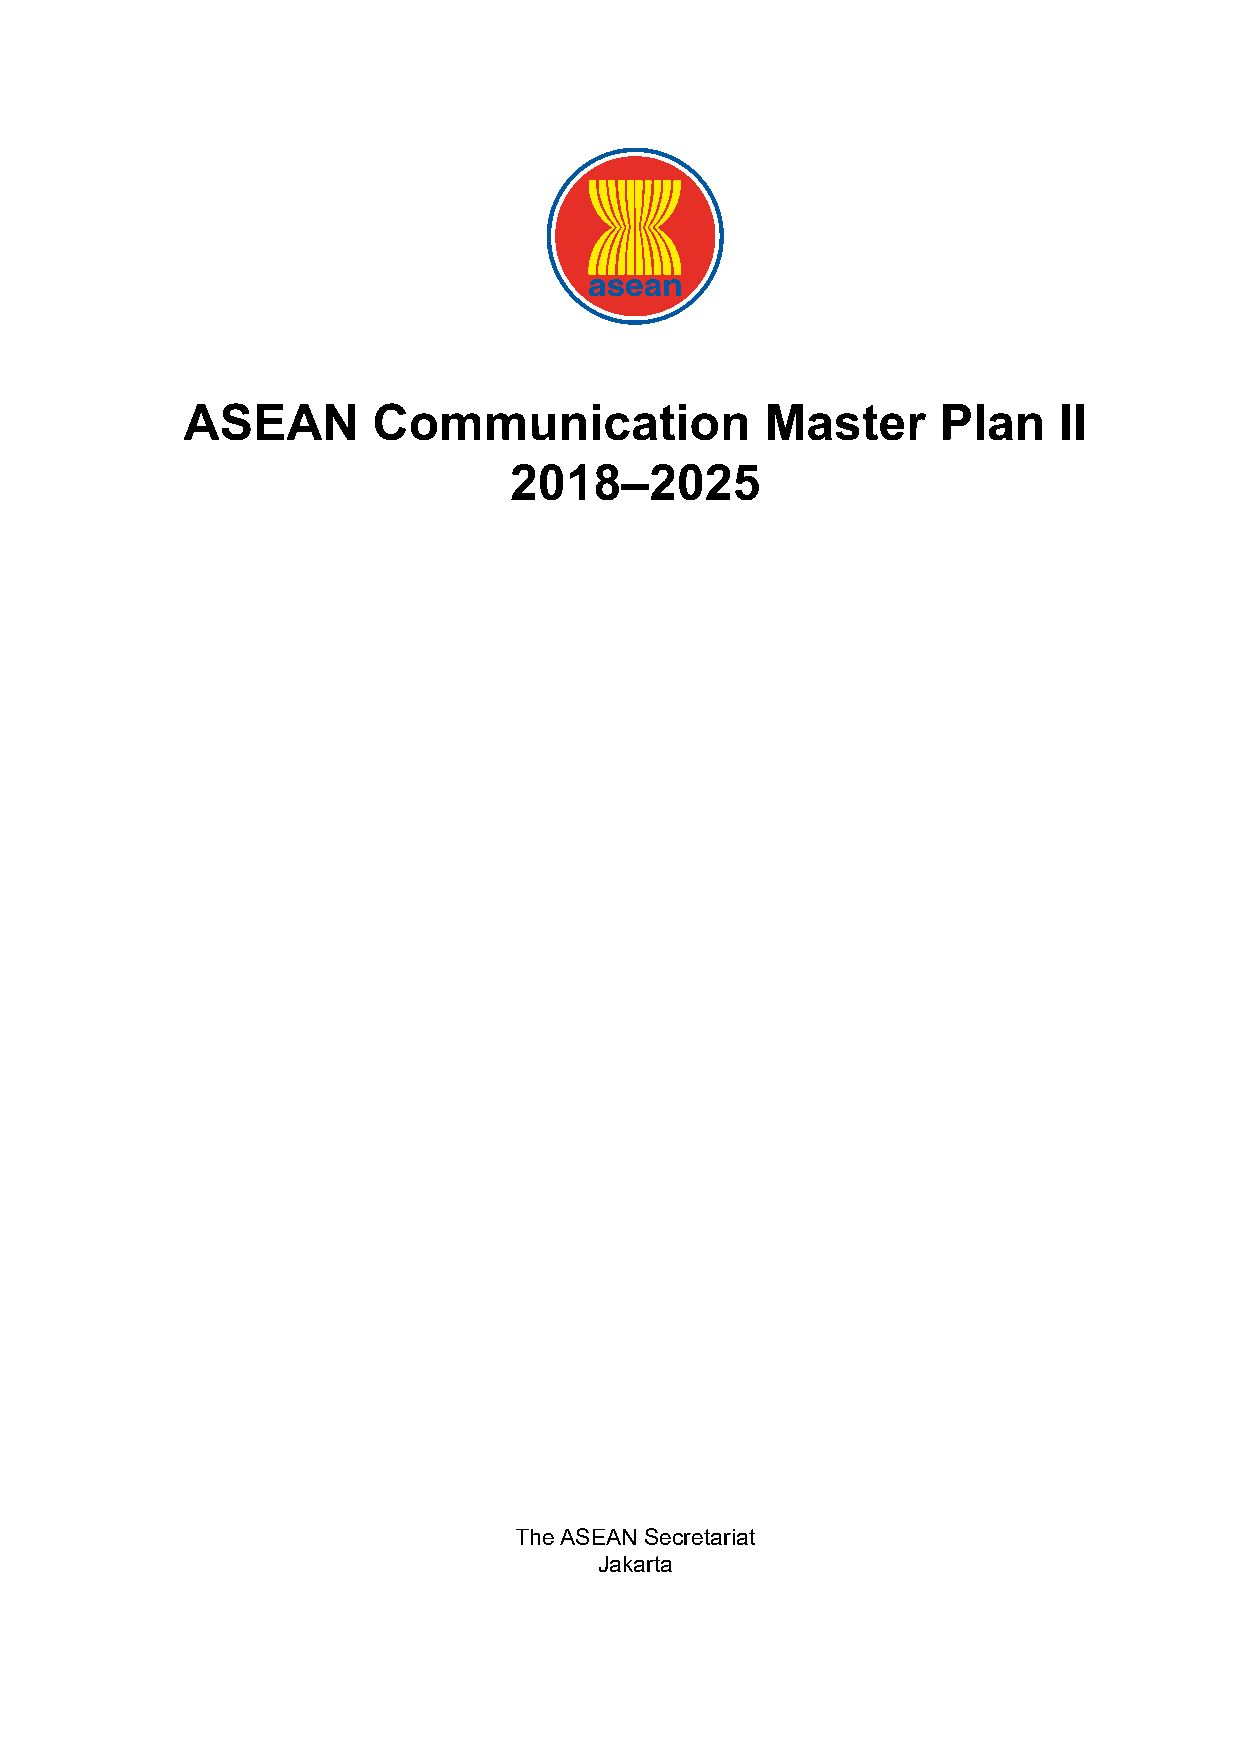
ASEAN        Communication             Master     Plan    II
 2018–2025
 The ASEAN Secretariat
 Jakarta